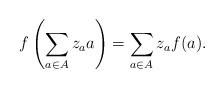
LaTeX: \begin{align*}f\left(\sum_{a\in A}z_aa\right)=\sum_{a\in A}z_af(a).\end{align*}